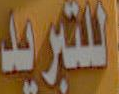
اللتبريد